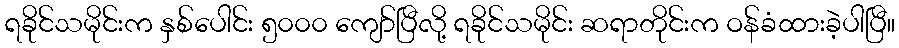
ရခိုင်သမိုင်းက နှစ်ပေါင်း ၅၀၀၀ ကျော်ပြီလို့ ရခိုင်သမိုင်း ဆရာတိုင်းက ဝန်ခံထားခဲ့ပါပြီ။